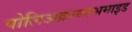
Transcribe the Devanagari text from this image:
पोलिअक्राय्लअमाइड